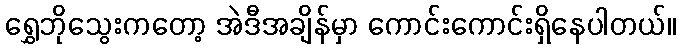
ရွှေဘိုသွေးကတော့ အဲဒီအချိန်မှာ ကောင်းကောင်းရှိနေပါတယ်။